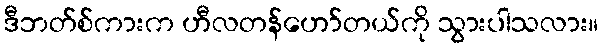
ဒီဘတ်စ်ကားက ဟီလတန်ဟော်တယ်ကို သွားပါသလား။